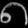
Digit: ၈